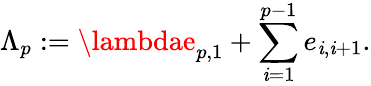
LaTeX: \Lambda_{p}:=\lambdae_{p,1}+\sum_{\mathit{i}=1}^{p-1}e_{\mathit{i},\mathit{i}+1}.